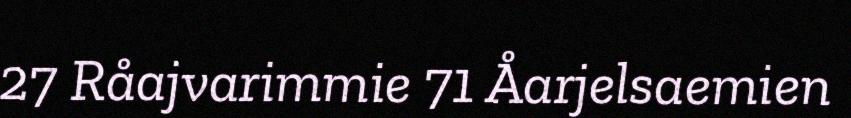
27 Råajvarimmie 71 Åarjelsaemien